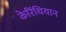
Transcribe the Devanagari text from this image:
केरिंथियान